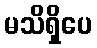
မသိရှိပေ